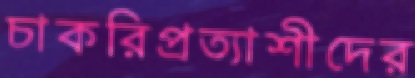
চাকরিপ্রত্যাশীদের